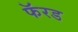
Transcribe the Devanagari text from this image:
फॅरड